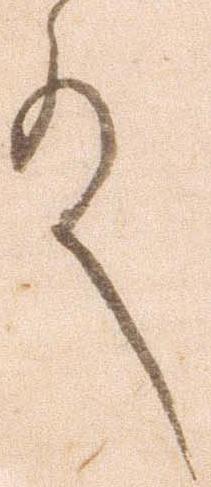
殿